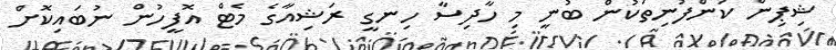
ޝިޕިން ކުންފުނިތަކުން ބުނީ މި ހާދިސާ ހިނގީ ރަޝިއާގެ މެޓް އޮފީހުން ނުބައިކޮށް